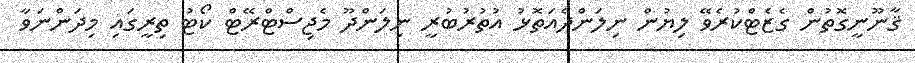
ޤާނޫނީގޮތުން ގެޒެޓްކުރެވޭ ލިޔުން ނިލަންދެއަތޮޅު އުތުރުބުރީ ނިލަންދޫ މެޖިސްޓްރޭޓް ކޯޓު ތިރީގައި މިދަންނަވާ